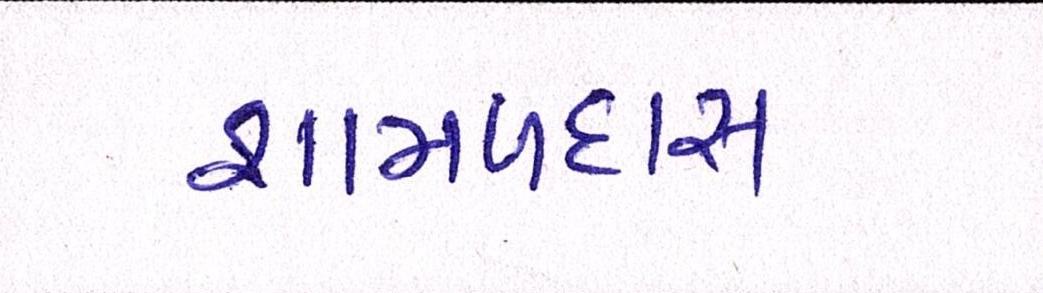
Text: શામળદાસ